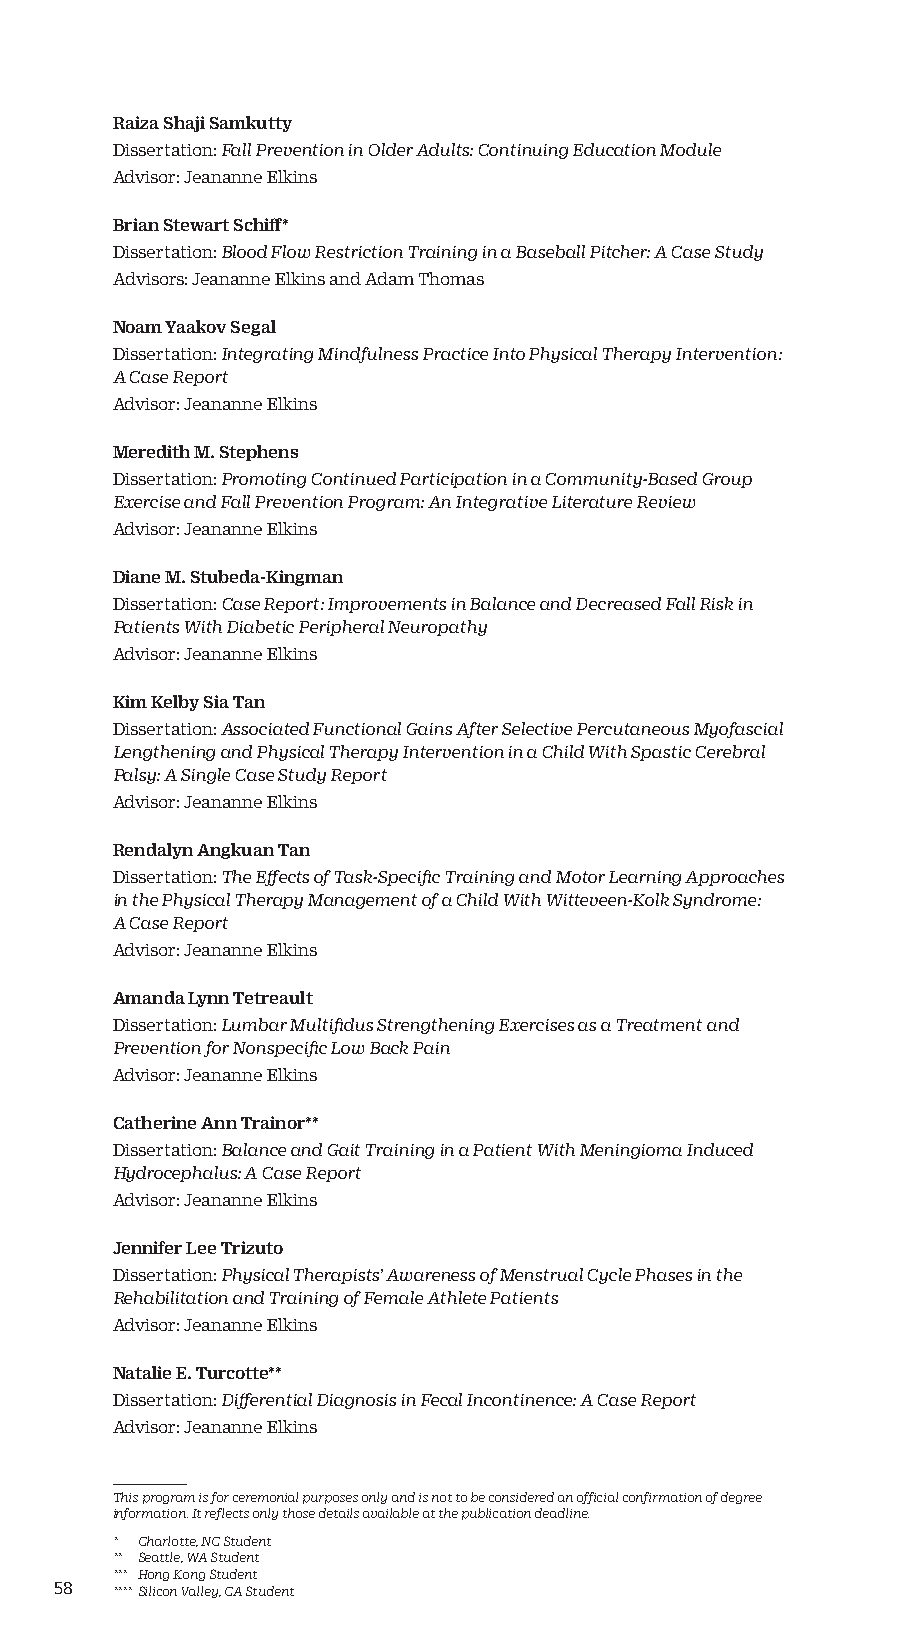
Raiza Shaji Samkutty
 Dissertation: Fall Prevention in Older Adults: Continuing Education Module
 Advisor: Jeananne Elkins
 Brian Stewart Schiff*
 Dissertation: Blood Flow Restriction Training in a Baseball Pitcher: A Case Study
 Advisors: Jeananne Elkins and Adam Thomas
 Noam Yaakov Segal
 Dissertation: Integrating Mindfulness Practice Into Physical Therapy Intervention:
 A Case Report
 Advisor: Jeananne Elkins
 Meredith M. Stephens
 Dissertation: Promoting Continued Participation in a Community-Based Group
 Exercise and Fall Prevention Program: An Integrative Literature Review
 Advisor: Jeananne Elkins
 Diane M. Stubeda-Kingman
 Dissertation: Case Report: Improvements in Balance and Decreased Fall Risk in
 Patients With Diabetic Peripheral Neuropathy
 Advisor: Jeananne Elkins
 Kim Kelby Sia Tan
 Dissertation: Associated Functional Gains After Selective Percutaneous Myofascial
 Lengthening and Physical Therapy Intervention in a Child With Spastic Cerebral
 Palsy: A Single Case Study Report
 Advisor: Jeananne Elkins
 Rendalyn Angkuan Tan
 Dissertation: The Effects of Task-Specific Training and Motor Learning Approaches
 in the Physical Therapy Management of a Child With Witteveen-Kolk Syndrome:
 A Case Report
 Advisor: Jeananne Elkins
 Amanda Lynn Tetreault
 Dissertation: Lumbar Multifidus Strengthening Exercises as a Treatment and
 Prevention for Nonspecific Low Back Pain
 Advisor: Jeananne Elkins
 Catherine Ann Trainor**
 Dissertation: Balance and Gait Training in a Patient With Meningioma Induced
 Hydrocephalus: A Case Report
 Advisor: Jeananne Elkins
 Jennifer Lee Trizuto
 Dissertation: Physical Therapists’ Awareness of Menstrual Cycle Phases in the
 Rehabilitation and Training of Female Athlete Patients
 Advisor: Jeananne Elkins
 Natalie E. Turcotte**
 Dissertation: Differential Diagnosis in Fecal Incontinence: A Case Report
 Advisor: Jeananne Elkins
 This program is for ceremonial purposes only and is not to be considered an official confirmation of degree
 information. It reflects only those details available at the publication deadline.
 * Charlotte, NC Student
 ** Seattle, WA Student
 *** Hong Kong Student
 58 **** Silicon Valley, CA Student